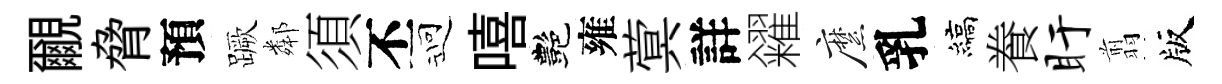
覼脅預蹶鄰須丕迎嘻艷雍蓂詳糴縻乳縞飬盱翦版